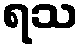
ရသ